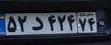
۵۲د۴۲۴۷۴